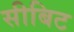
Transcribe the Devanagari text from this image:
सीबिट